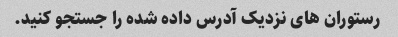
رستوران های نزدیک آدرس داده شده را جستجو کنید.